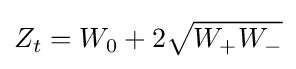
Z_{t}=W_{0}+2{\sqrt {W_{+}W_{-}}}